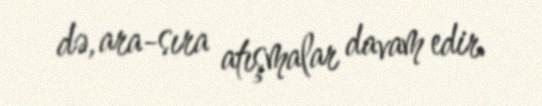
də, ara-sıra atışmalar davam edir.